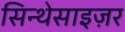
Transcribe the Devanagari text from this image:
सिन्थेसाइज़र